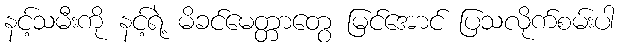
နင့်သမီးကို နင့်ရဲ့ မိခင်မေတ္တာတွေ မြင်အောင် ပြသလိုက်စမ်းပါ